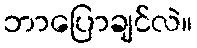
ဘာပြောချင်လဲ။